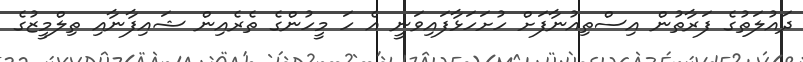
ދައުލަތުގެ ފަރާތުން އިސްތިއުނާފަށް ހުށަހަޅާފައިވަނީ އެ ހަ މީހުންގެ ތެރެއިން ޝައިފާނާއި ތިލްމީޒުގެ